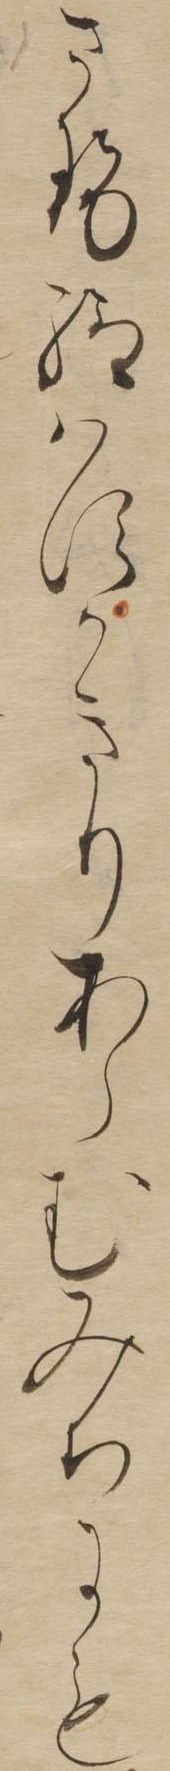
させ給はすかきりあらむみちにも